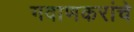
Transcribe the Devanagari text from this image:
गवाणकरांचे